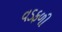
વડફળી